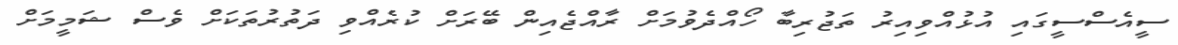
ސީއެސްސީގައި އުޅުއްވިއިރު ތަޖުރިބާ ހޯއްދެވުމަށް ރާއްޖެއިން ބޭރަށް ކުރެއްވި ދަތުރުތަކަށް ވެސް ޝަމީމަށް